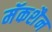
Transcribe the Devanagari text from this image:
मॅकशैन